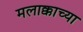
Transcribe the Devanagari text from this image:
मलाक्काच्या